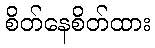
စိတ်နေစိတ်ထား